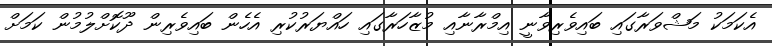
އެކަމަކު މަޝްވަރާގައި ބައިވެރިވާނީ އިމްރާނާއި މުޒާހަރާގައި ހައްޔަރުކުރި އެހެން ބައިވެރިން ދޫކޮށްލުމުން ކަމަށް